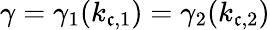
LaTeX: \gamma=\gamma_{1}(k_{\mathfrak{c},1})=\gamma_{2}(k_{\mathfrak{c},2})